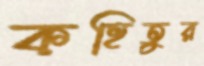
কহিতুর